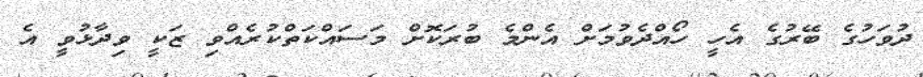
ދުވަހުގެ ބޭރުގެ އެހީ ހޯއްދެވުމަށް އެންމެ ބުރަކޮށް މަސައްކަތްކުރެއްވި ޒަކީ ވިދާޅުވީ އެ